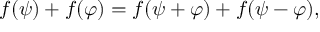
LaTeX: f ( \psi ) + f ( \varphi ) = f ( \psi + \varphi ) + f ( \psi - \varphi ) ,